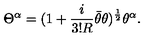
\Theta ^ { \alpha } = ( 1 + { \frac { i } { 3 ! R } } \bar { \theta } \theta ) ^ { \frac { 1 } { 2 } } \theta ^ { \alpha } .